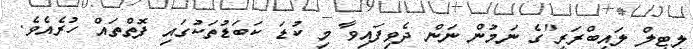
ލިޓިލް ލައިބްރަރީ"ގެ ނަމުން ނަން ދެވިފައިވާ މި ކުޑަ ކަބަޑުތަކުގައި ފޮތްތައް ހުރެއެވެ.